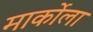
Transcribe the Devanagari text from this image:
मार्कोला